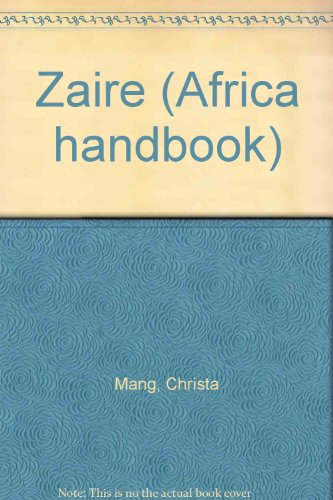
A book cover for Zaire (Africa handbook); Christa Mang; Travel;